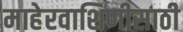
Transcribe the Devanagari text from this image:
माहेरवाशिणीसाठी